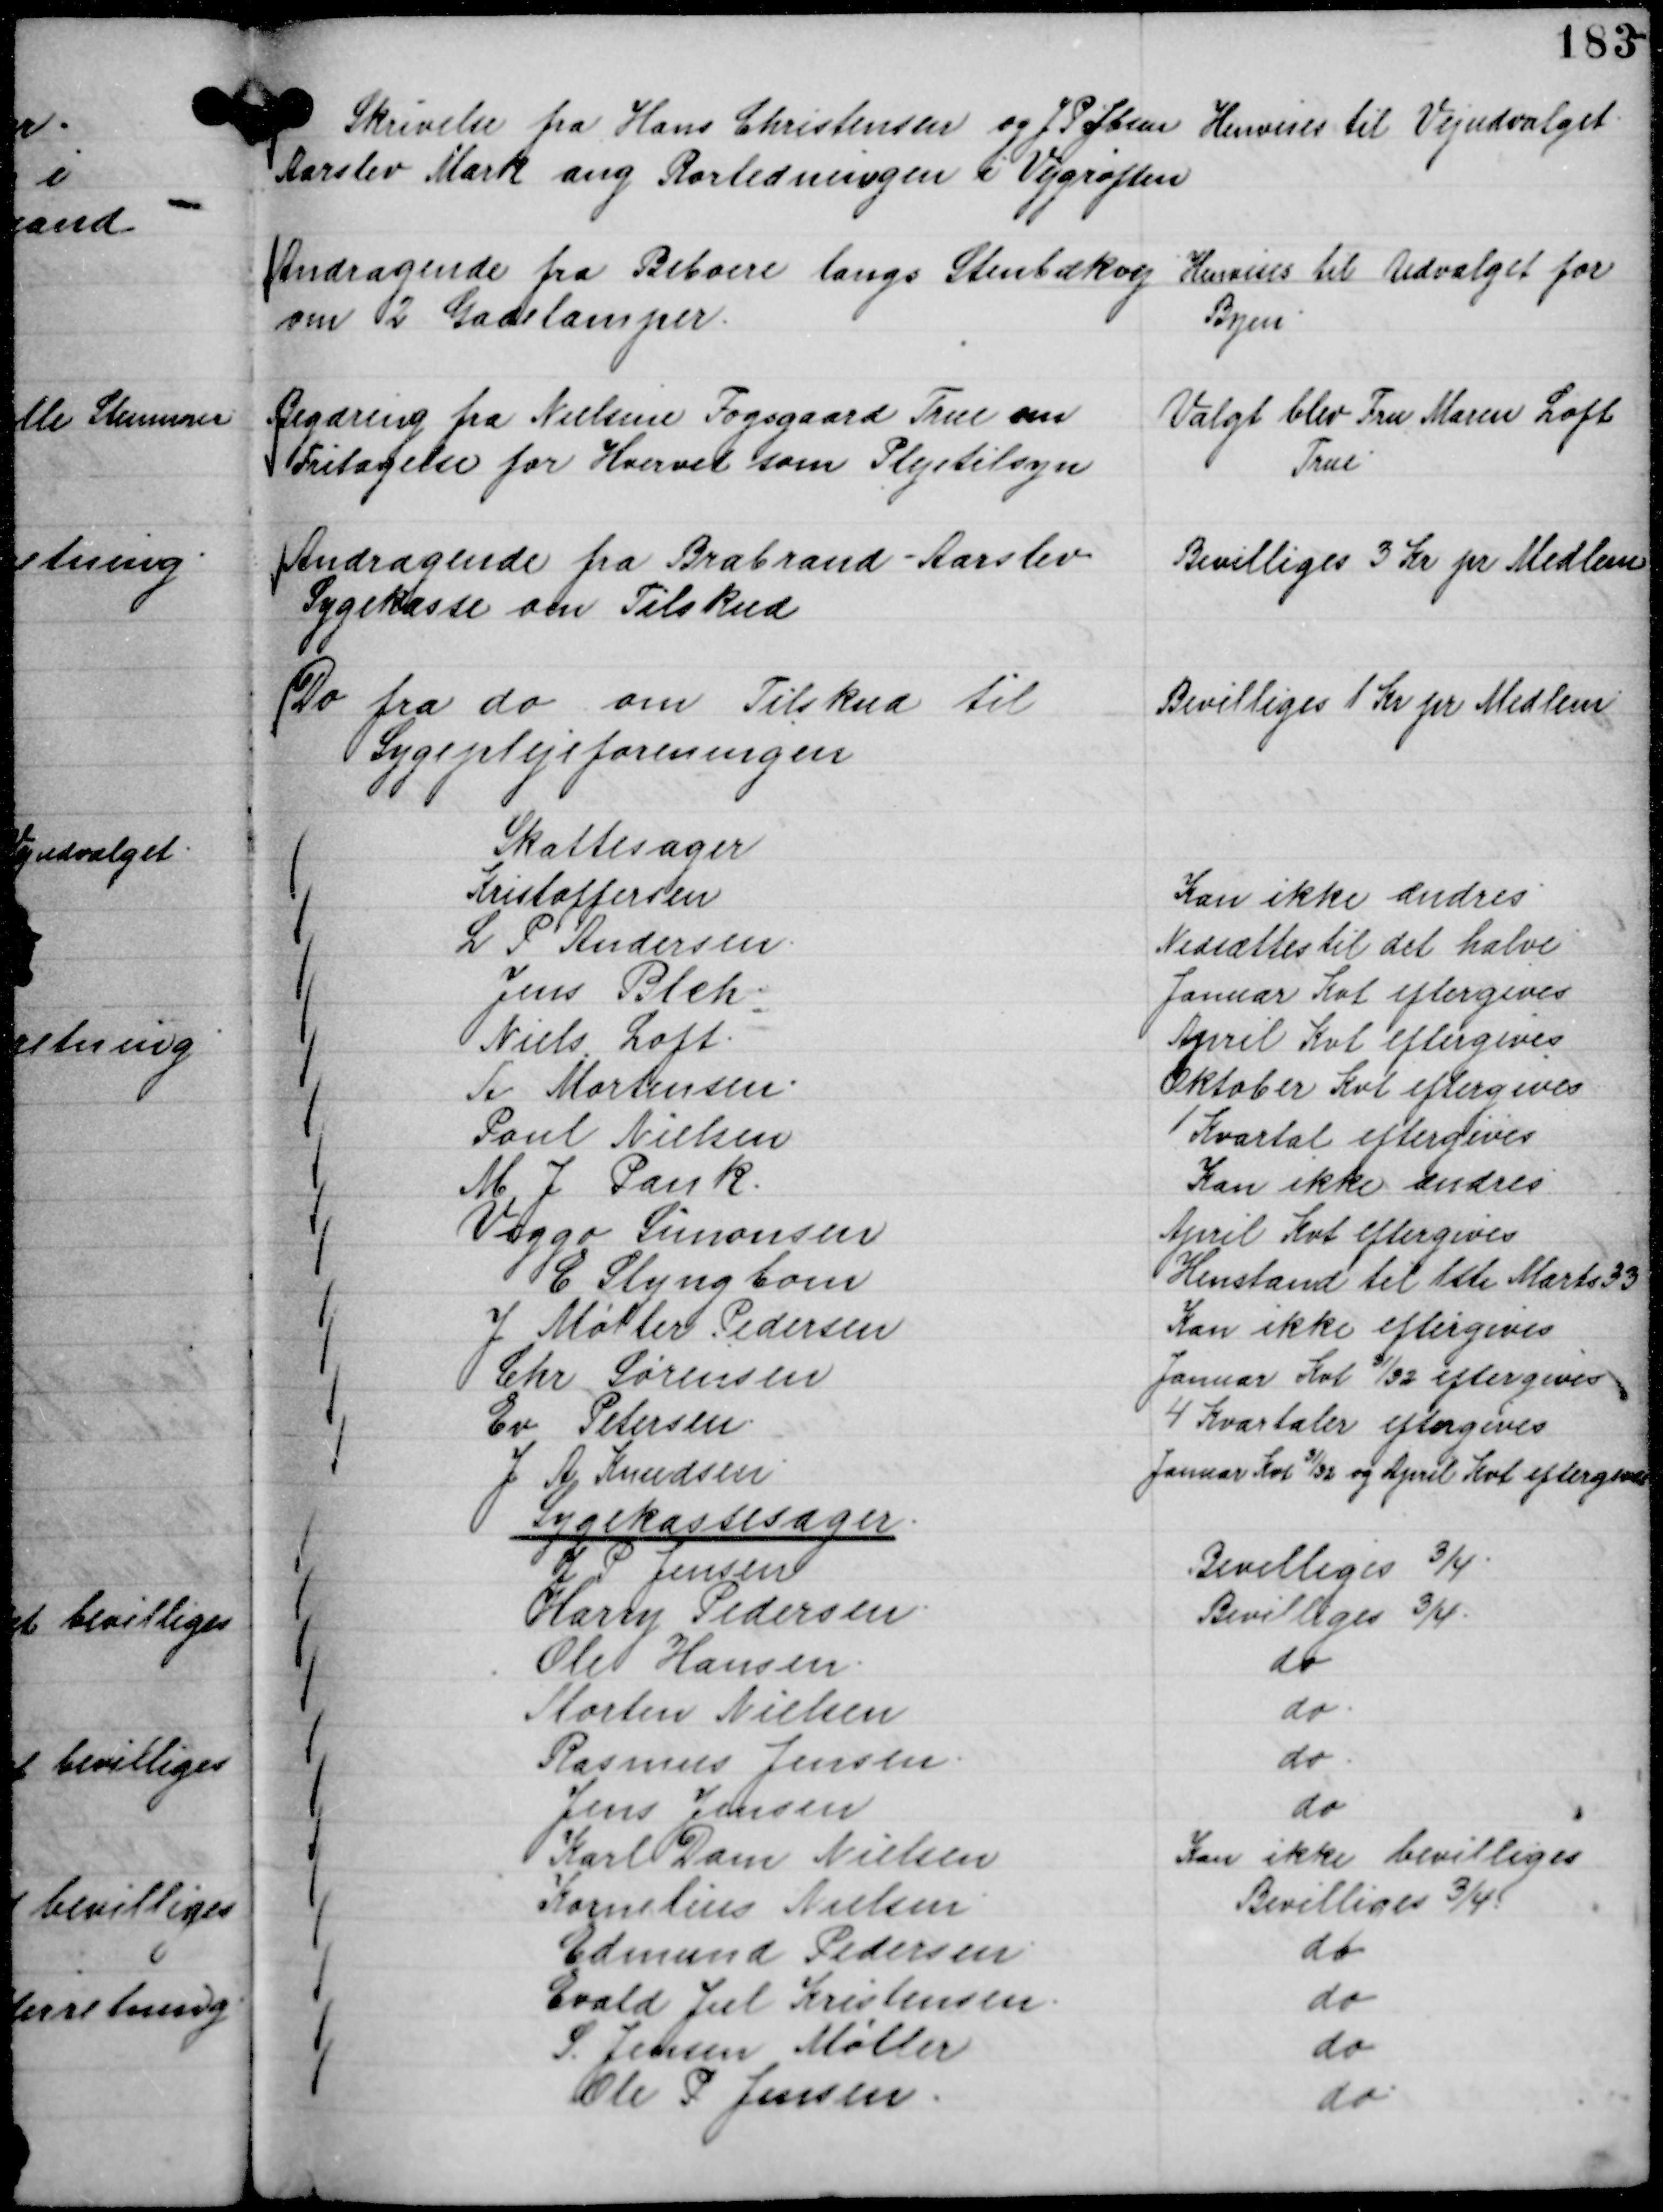
Transskription:
Skrivelse fra Hans Christensen og J P Ibsen
Aarslev Mark ang Rørledningen i Vejgrøften

Henvises til Vejudvalget.

Andragende fra Beboere langs Stenbækvej
om 2 Gadelamper.

Henvises til Udvalget for
Byen

Begæring fra Nielsen Fogsgaard True om
Fritagelse for Hvervet som Plejetilsyn

Valgt blev Fru Maren Loft
True.

Andragende fra Brabrand - Aarslev
Sygekasse om Tilskud

Bevilliges 3 Kr pr Medlem

Do fra do om Tilskud til
Sygeplejeforeningen

Bevilliges 1 Kr pr Medlem

Skattesager
Kristoffersen
Kan ikke ændres.
L P Andersen.
Nedsættes til det halve
Jens Blch.
Januar Kvt eftergives
Niels Loft.
April Kvt eftergives
A Mortensen.
Oktober Kvt eftergives
Poul Nielsen
1 Kvartal eftergives
M J Pank.
Kan ikke ændres
Viggo Simonsen
April Kvt eftergives
E Slyngbom
Henstand til 1ste Marts 33
J Møller Pedersen
Kan ikke eftergives
Chr Sørensen
Januar Kvt

31/32 eftergives
Ev Petersen.
4 Kvartaler eftergives
J A Knudsen
Januar Kvt

31/32 og April Kvt eftergives

Sygekassesager.
J P Jensen
Bevilliges ¾.
Harry Pedersen.
Bevilliges ¾.
Ole Hansen.
do
Morten Nielsen
do.
Rasmus Jensen.
do.
Jens Jensen
do
Karl Dam Nielsen
Kan ikke bevilliges
Kornelius Nielsen.
Bevilliges ¾.
Edmund Pedersen.
do
Evald Jul Kristensen.
do
S. Jensen Møller
do
Ole P Jensen.
do.